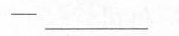
——___